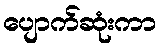
ပျောက်ဆုံးကာ